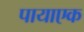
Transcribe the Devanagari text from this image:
पायाएक